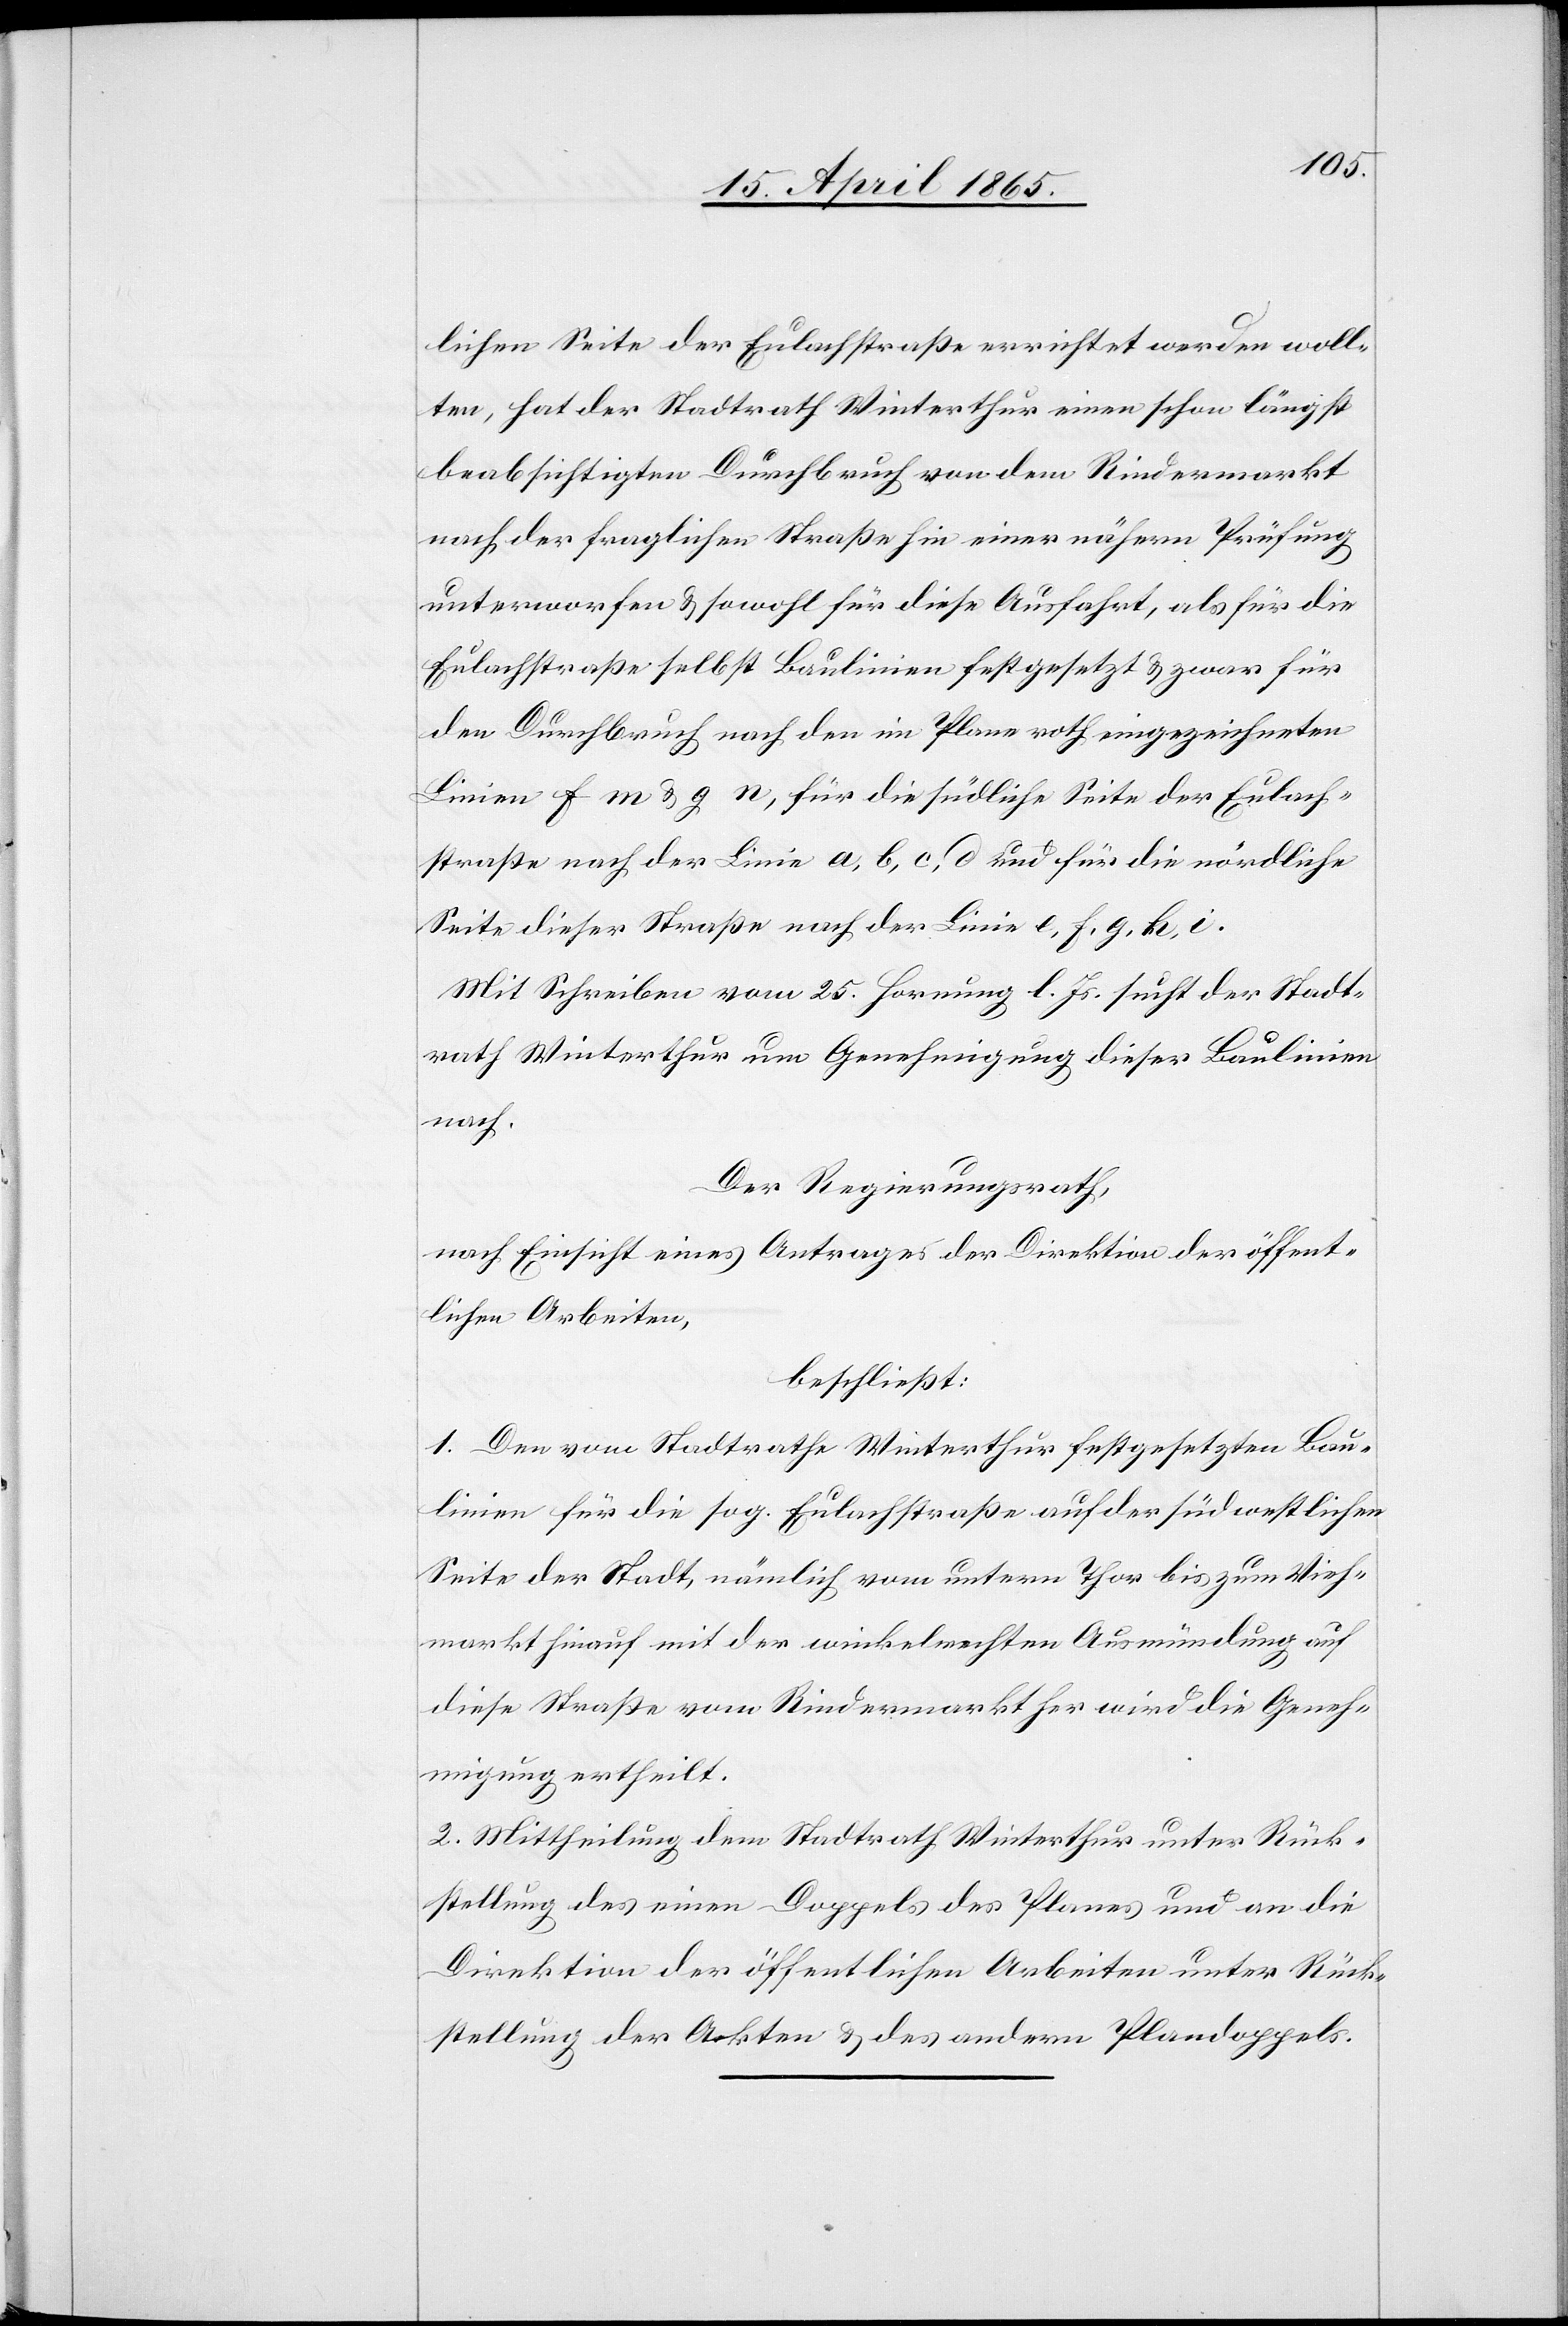
lichen Seite der Eulachstraße errichtet werden woll¬
ten, hat der Stadtrath Winterthur einen schon längst
beabsichtigten Durchbruch von dem Rindermarkt
nach der fraglichen Straße hin einer nähern Prüfung
unterworfen & sowohl für diese Ausfahrt, als für die
Eulachstraße selbst Baulinien festgesetzt & zwar für
den Durchbruch nach den im Plane roth eingezeichneten
Linien f m & g n, für die südliche Seite der Eulach¬
straße nach der Linie a, b, c, d und für die nördliche
Seite dieser Straße nach der Linie e, f, g, h, i.
Mit Schreiben vom 25. Hornung l. Js. sucht der Stadt¬
rath Winterthur um Genehmigung dieser Baulinien
nach.
Der Regierungsrath,
nach Einsicht eines Antrages der Direktion der öffent¬
lichen Arbeiten,
beschließt:
1. Den vom Stadtrathe Winterthur festgesetzten Bau¬
linien für die sog. Eulachstraße auf der südwestlichen
Seite der Stadt, nämlich vom untern Thor bis zum Vieh¬
markt hinauf mit der winkelrechten Ausmündung auf
diese Straße vom Rindermarkt her wird die Geneh¬
migung ertheilt.
2. Mittheilung dem Stadtrath Winterthur unter Rück¬
stellung des einen Doppels des Planes und an die
Direktion der öffentlichen Arbeiten unter Rück¬
stellung der Akten & des andern Plandoppels.